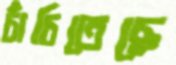
চাঁচিতেছে